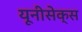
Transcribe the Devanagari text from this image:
यूनीसेक्स